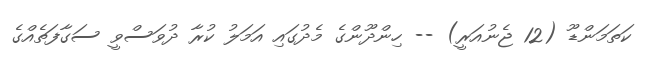
ކަތަމަންޑޫ (12 ޖެނުއަރީ) -- ހިންދޫންގެ މެދުގައި އަމަލު ކުރާ ދުވަސްވީ ސަގާފަތެއްގެ